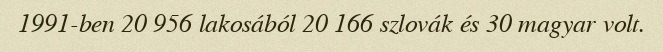
1991-ben 20 956 lakosából 20 166 szlovák és 30 magyar volt.